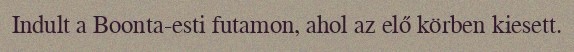
Indult a Boonta-esti futamon, ahol az elő körben kiesett.